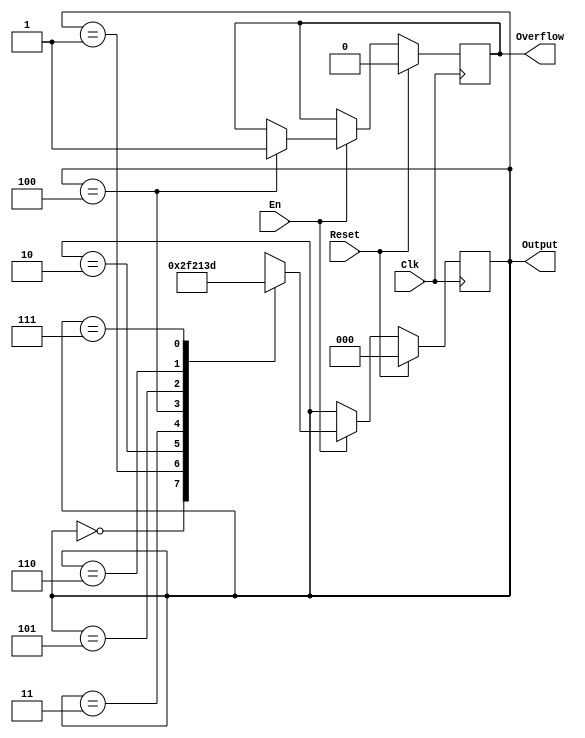
`timescale 1ns / 1ps
//////////////////////////////////////////////////////////////////////////////////
// Company: 
// Engineer: 
// 
// Design Name: 
// Module Name:    gray 
// Project Name: 
// Target Devices: 
// Tool versions: 
// Description: 
//
// Dependencies: 
//
// Revision: 
// Revision 0.01 - File Created
// Additional Comments: 
//
//////////////////////////////////////////////////////////////////////////////////
module gray(
    input Clk,
    input Reset,
    input En,
    output reg [2:0] Output,
    output reg Overflow
    );
initial begin
	Output <= 0;
	Overflow <= 0;
end

always@(posedge Clk) begin
	if(Reset == 1) begin
		Output <= 0;
		Overflow <= 0;
	end
	else begin
		if(En == 1) begin
			case(Output)
				3'b000 : begin
					Output <= 3'b001;
				end
				3'b001 : begin
					Output <= 3'b011;
				end
				3'b010 : begin
					Output <= 3'b110;
				end
				3'b011 : begin
					Output <= 3'b010;
				end
				3'b100 : begin
					Output <= 0;
					Overflow <= 1;
				end
				3'b101 : begin
					Output <= 100;
				end
				3'b110 : begin
					Output <= 3'b111;
				end
				3'b111 : begin
					Output <= 3'b101;
				end
			endcase	
		end
		else begin 
		end
	end
end
endmodule